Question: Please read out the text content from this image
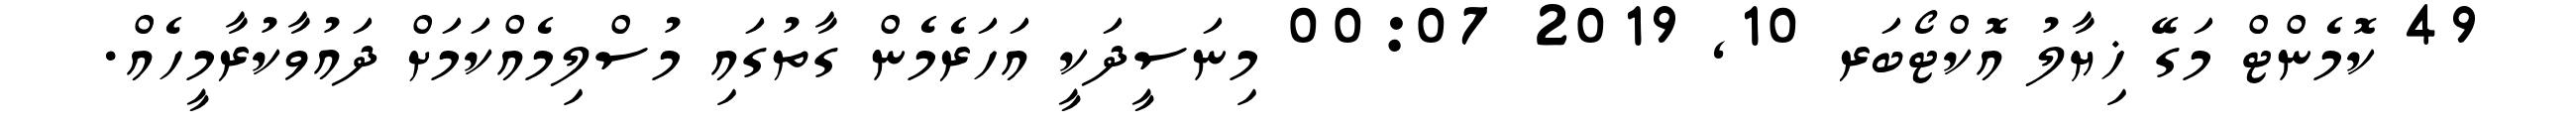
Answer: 49 ކޮމެންޓް މަގޭ ޚިޔާލު އޮކްޓޯބަރ 10, 2019 00:07 މިނަސީދަކީ އަހަރެމެން ގާތުގައި މުސްލިމެއްކަމަށް ދައުވާކުރާމީހެއް.